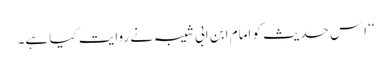
‘‘ اِس حدیث کو امام ابن ابی شیبہ نے روایت کیا ہے۔